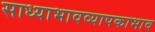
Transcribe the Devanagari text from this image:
साध्याभावव्यापकाभाव